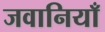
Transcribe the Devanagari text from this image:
जवानियाँ